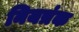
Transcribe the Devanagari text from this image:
नियत्रंक